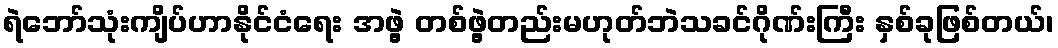
ရဲဘော်သုံးကျိပ်ဟာနိုင်ငံရေး အဖွဲ့ တစ်ဖွဲ့တည်းမဟုတ်ဘဲသခင်ဂိုဏ်းကြီး နှစ်ခုဖြစ်တယ်၊